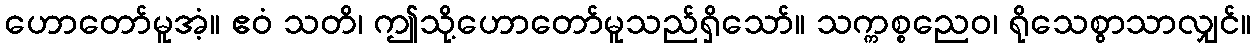
ဟောတော်မူအံ့။ ဧဝံ သတိ၊ ဤသို့ဟောတော်မူသည်ရှိသော်။ သက္ကစ္စညေဝ၊ ရိုသေစွာသာလျှင်။